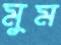
মুম